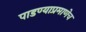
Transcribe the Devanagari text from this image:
पाडण्याप्रमाणेच